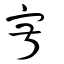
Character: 𡧯